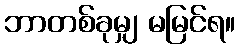
ဘာတစ်ခုမျှ မမြင်ရ။